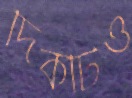
দিকটিও